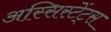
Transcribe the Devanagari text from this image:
अस्सिस्टेंट्स